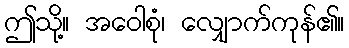
ဤသို့။ အဝေါစုံ၊ လျှောက်ကုန်၏။